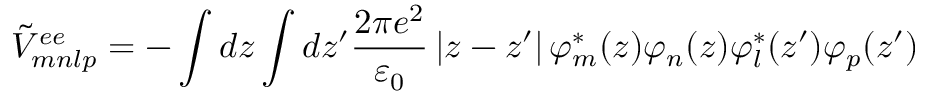
{ \tilde { V } } _ { m n l p } ^ { e e } = - \int { d z \int { d z { ' } \frac { 2 \pi e ^ { 2 } } { { \varepsilon } _ { 0 } } \left| z - z { ' } \right| { \varphi } _ { m } ^ { * } ( z ) } } { \varphi } _ { n } ( z ) { \varphi } _ { l } ^ { * } ( z { ' } ) { \varphi } _ { p } ( z { ' } )